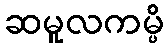
ဆမူလကမ္ပိ